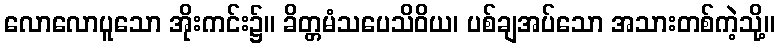
လောလောပူသော အိုးကင်း၌။ ခိတ္တမံသပေသိဝိယ၊ ပစ်ချအပ်သော အသားတစ်ကဲ့သို့။